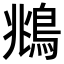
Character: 鴵